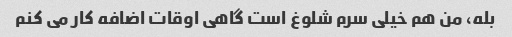
بله، من هم خیلی سرم شلوغ است گاهی اوقات اضافه کار می کنم